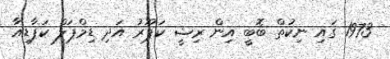
1973 ގައި ނިކުތް ބޮބީ އިން ރިޝީ ކަޕޫރު އަދި ޑިމްޕަލް ކަޕާޑިއާ